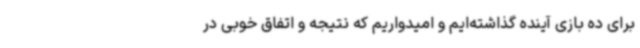
برای ده بازی‌ آینده گذاشته‌ایم و امیدواریم که نتیجه و اتفاق خوبی در